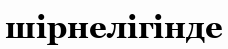
шірнелігінде